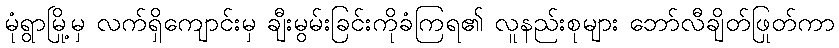
မုံရွာမြို့မှ လက်ရှိကျောင်းမှ ချီးမွမ်းခြင်းကိုခံကြရ၏ လူနည်းစုများ ဘော်လီချိတ်ဖြုတ်ကာ